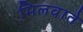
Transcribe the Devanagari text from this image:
मिलवाते